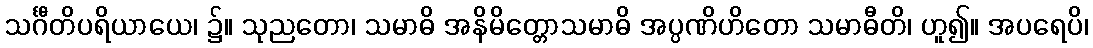
သင်္ဂီတိပရိယာယေ၊ ၌။ သုညတော၊ သမာဓိ အနိမိတ္တောသမာဓိ အပ္ပဏိဟိတော သမာဓီတိ၊ ဟူ၍။ အပရေပိ၊